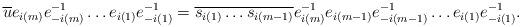
LaTeX: \begin{align*}\overline{u}e_{i(m)}e_{-i(m)}^{-1}\dots e_{i(1)}e_{-i(1)}^{-1}=\overline{s_{i(1)}\dots s_{i(m-1)}} e_{i(m)}^{-1}e_{i(m-1)}e_{-i(m-1)}^{-1}\dots e_{i(1)}e_{-i(1)}^{-1}.\end{align*}